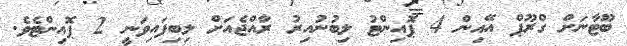
ބޫޓާނަށް ގްރޫޕް އޭއިން 4 ޕޮއިންޓު ލިބުނުއިރު ރާއްޖެއަށް ލިބިފައިވަނީ 2 ޕޮއިންޓެވެ.